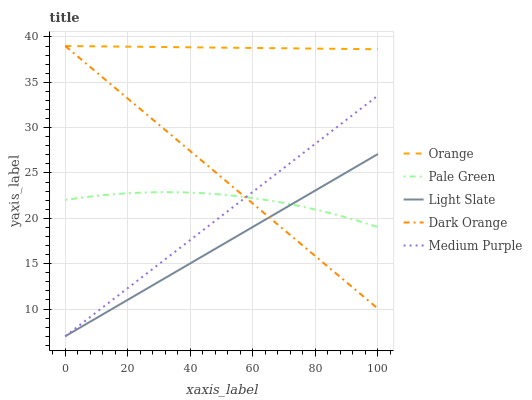
| xaxis_label | Orange | Pale Green | Light Slate | Dark Orange | Medium Purple |
 | --- | --- | --- | --- | --- | --- |
 | 0 | 39 | 22 | 7 | 39 | 7 |
 | 6.25 | 39 | 22.3 | 8.26 | 37.2 | 8.66 |
 | 12.5 | 39 | 22.6 | 9.51 | 35.4 | 10.3 |
 | 18.8 | 38.9 | 22.7 | 10.8 | 33.6 | 12 |
 | 25 | 38.9 | 22.8 | 12 | 31.8 | 13.6 |
 | 31.2 | 38.9 | 22.9 | 13.3 | 29.9 | 15.3 |
 | 37.5 | 38.9 | 22.9 | 14.5 | 28.1 | 17 |
 | 43.8 | 38.8 | 22.8 | 15.8 | 26.3 | 18.6 |
 | 50 | 38.8 | 22.6 | 17 | 24.5 | 20.3 |
 | 56.2 | 38.8 | 22.4 | 18.3 | 22.7 | 21.9 |
 | 62.5 | 38.8 | 22.1 | 19.6 | 20.9 | 23.6 |
 | 68.8 | 38.8 | 21.8 | 20.8 | 19.1 | 25.2 |
 | 75 | 38.7 | 21.4 | 22.1 | 17.3 | 26.9 |
 | 81.2 | 38.7 | 20.9 | 23.3 | 15.5 | 28.6 |
 | 87.5 | 38.7 | 20.3 | 24.6 | 13.7 | 30.2 |
 | 93.8 | 38.7 | 19.7 | 25.8 | 11.8 | 31.9 |
 | 100 | 38.6 | 19 | 27.1 | 10 | 33.5 |